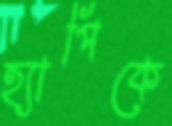
হ্যাপিকে